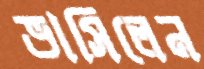
ভাসিলেন